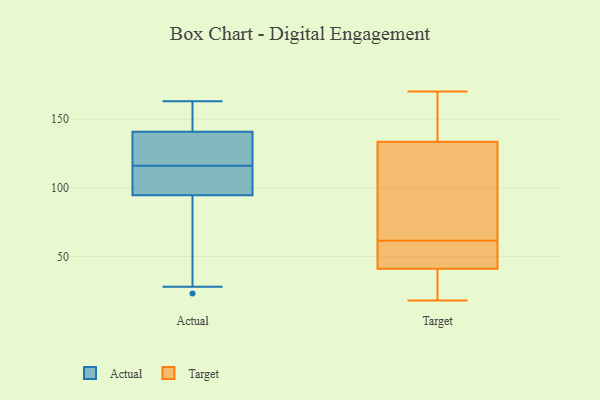
{"axis": {"x": "Revenue (USD Million)", "y": "Value"}, "legend": ["Actual", "Target"], "data": [{"x": "", "y": 100, "type": "Actual"}, {"x": "", "y": 152, "type": "Actual"}, {"x": "", "y": 28, "type": "Actual"}, {"x": "", "y": 116, "type": "Actual"}, {"x": "", "y": 143, "type": "Actual"}, {"x": "", "y": 123, "type": "Actual"}, {"x": "", "y": 140, "type": "Actual"}, {"x": "", "y": 129, "type": "Actual"}, {"x": "", "y": 78, "type": "Actual"}, {"x": "", "y": 111, "type": "Actual"}, {"x": "", "y": 163, "type": "Actual"}, {"x": "", "y": 115, "type": "Actual"}, {"x": "", "y": 23, "type": "Actual"}, {"x": "", "y": 37, "type": "Target"}, {"x": "", "y": 49, "type": "Target"}, {"x": "", "y": 63, "type": "Target"}, {"x": "", "y": 18, "type": "Target"}, {"x": "", "y": 23, "type": "Target"}, {"x": "", "y": 40, "type": "Target"}, {"x": "", "y": 93, "type": "Target"}, {"x": "", "y": 48, "type": "Target"}, {"x": "", "y": 60, "type": "Target"}, {"x": "", "y": 127, "type": "Target"}, {"x": "", "y": 155, "type": "Target"}, {"x": "", "y": 140, "type": "Target"}, {"x": "", "y": 170, "type": "Target"}, {"x": "", "y": 162, "type": "Target"}, {"x": "", "y": 42, "type": "Target"}, {"x": "", "y": 67, "type": "Target"}]}